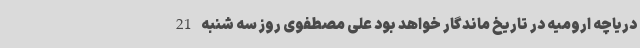
دریاچه ارومیه در تاریخ ماندگار خواهد بود علی مصطفوی روز سه شنبه 21